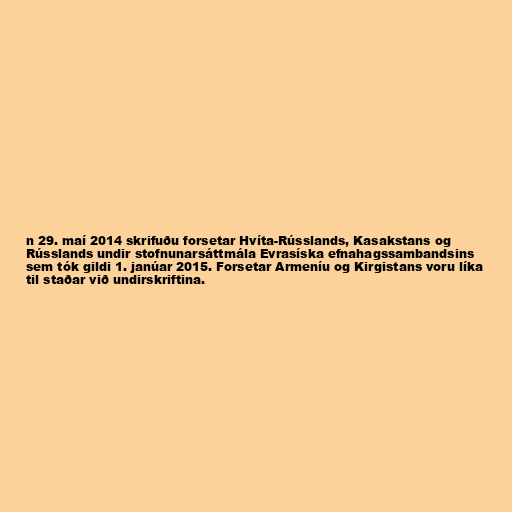
n 29. maí 2014 skrifuðu forsetar Hvíta-Rússlands, Kasakstans og
Rússlands undir stofnunarsáttmála Evrasíska efnahagssambandsins
sem tók gildi 1. janúar 2015. Forsetar Armeníu og Kirgistans voru líka
til staðar við undirskriftina.